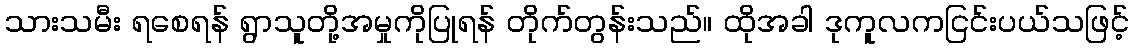
သားသမီး ရစေရန် ရွာသူတို့အမှုကိုပြုရန် တိုက်တွန်းသည်။ ထိုအခါ ဒုကူလကငြင်းပယ်သဖြင့်